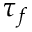
\tau _ { f }